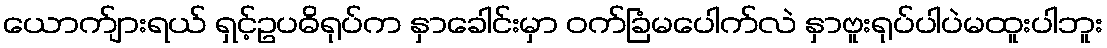
ယောက်ျားရယ် ရှင့်ဥပဓိရုပ်က နှာခေါင်းမှာ ဝက်ခြံမပေါက်လဲ နှာဗူးရုပ်ပါပဲမထူးပါဘူး